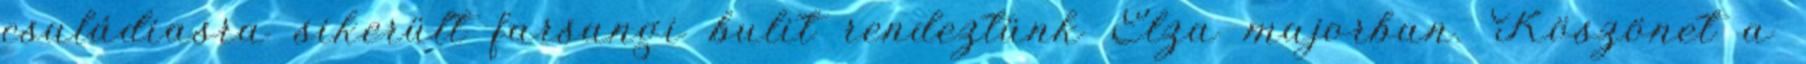
családiasra sikerült farsangi bulit rendeztünk Elza majorban. Köszönet a